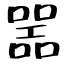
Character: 噐